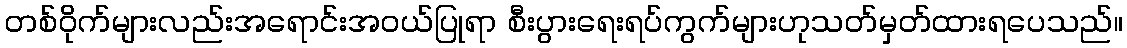
တစ်ဝိုက်များလည်းအရောင်းအဝယ်ပြုရာ စီးပွားရေးရပ်ကွက်များဟုသတ်မှတ်ထားရပေသည်။